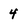
Character: 4